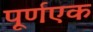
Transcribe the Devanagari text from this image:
पूर्णएक